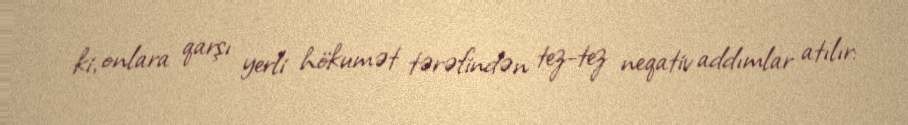
ki, onlara qarşı yerli hökumət tərəfindən tez-tez neqativ addımlar atılır: